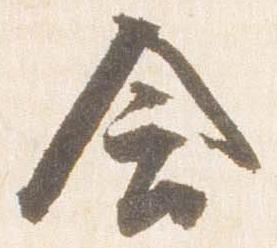
含